Assam Mental Hospital (Tezpur, India) - 1933-1948
Year: 1933
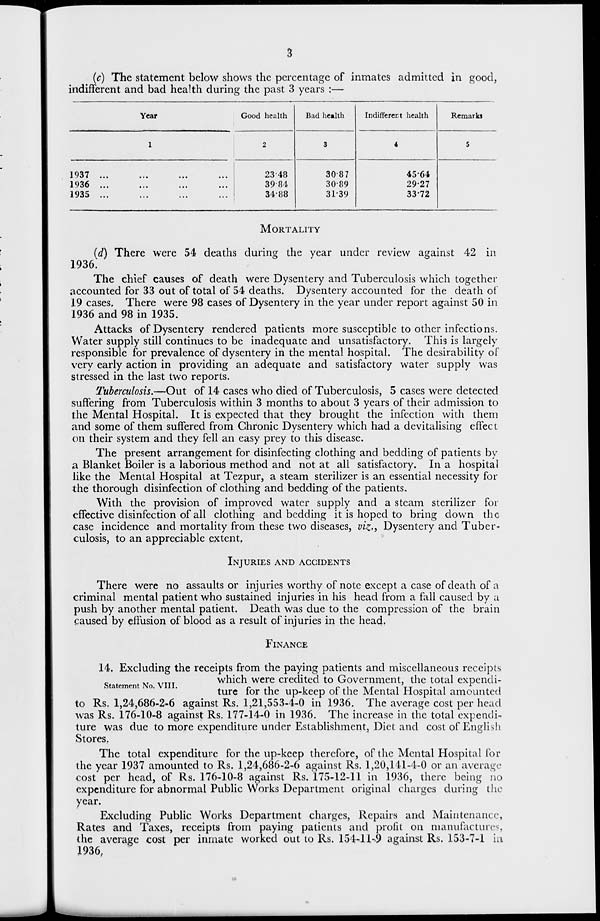
3
(c) The statement below shows the percentage of inmates admitted in good,
indifferent and bad health during the past 3 years :—
Year
1
1937 ...
...
...
...
1936 ...
...
...
...
1935
... ... ... ..
Good health
2
23.48
39.84
34.88
Bad health
3
30.87
30.89
31.39
Indifferent health
4
45.64
29.27
33 .72
Remarks
5
MORTALITY
(d) There were 54 deaths during the year under review against 42 in
1936.
The chief causes of death were Dysentery and Tuberculosis which together
accounted for 33 out of total of 54 deaths. Dysentery accounted for the death of
19 cases. There were 98 cases of Dysentery in the year under report against 50 in
1936 and 98 in 1935.
Attacks of Dysentery rendered patients more susceptible to other infections.
Water supply still continues to be inadequate and unsatisfactory. This is largely
responsible for prevalence of dysentery in the mental hospital. The desirability of
very early action in providing an adequate and satisfactory water supply was
stressed in the last two reports.
Tuberculosis.—Out of 14 cases who died of Tuberculosis, 5 cases were detected
suffering from Tuberculosis within 3 months to about 3 years of their admission to
the Mental Hospital. It is expected that they brought the infection with them
and some of them suffered from Chronic Dysentery which had a devitalising effect
on their system and they fell an easy prey to this disease.
The present arrangement for disinfecting clothing and bedding of patients by
a Blanket Boiler is a laborious method and not at all satisfactory. In a hospital
like the Mental Hospital at Tezpur, a steam sterilizer is an essential necessity for
the thorough disinfection of clothing and bedding of the patients.
With the provision of improved water supply and a steam sterilizer for
effective disinfection of all clothing and bedding it is hoped to bring down the
case incidence and mortality from these two diseases, viz., Dysentery and Tuber-
culosis, to an appreciable extent.
INJURIES AND ACCIDENTS
There were no assaults or injuries worthy of note except a case of death of a
criminal mental patient who sustained injuries in his head from a fall caused by a
push by another mental patient. Death was due to the compression of the brain
caused by effusion of blood as a result of injuries in the head.
FINANCE
Statement No. VIII.
14. Excluding the receipts from the paying patients and miscellaneous receipts
which were credited to Government, the total expendi-
ture for the up-keep of the Mental Hospital amounted
to Rs. 1,24,686-2-6 against Rs. 1,21,553-4-0 in 1936. The average cost per head
was Rs. 176-10-8 against Rs. 177-14-0 in 1936. The increase in the total expendi-
ture was due to more expenditure under Establishment, Diet and cost of English
Stores.
The total expenditure for the up-keep therefore, of the Mental Hospital for
the year 1937 amounted to Rs. 1,24,686-2-6 against Rs. 1,20,141-4-0 or an average
cost per head, of Rs. 176-10-8 against Rs. 175-12-11 in 1936, there being no
expenditure for abnormal Public Works Department original charges during the
year.
Excluding Public Works Department charges, Repairs and Maintenance,
Rates and Taxes, receipts from paying patients and profit on manufactures,
the average cost per inmate worked out to Rs. 154-11-9 against Rs. 153-7-1 in
1936.